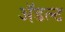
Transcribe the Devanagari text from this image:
ॲडल्ट